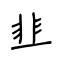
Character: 韭